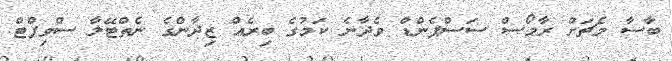
ބާސާ މެޗަށް ރާމޯސް ސަސްޕެންޑް ވެދާނެ ކަމުގެ ބިރެއް ޒިދާންގެ ނެތްޓޭލާ ސްވިފްޓް